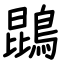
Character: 鵾